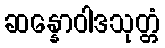
ဆန္နောဝါဒသုတ္တံ